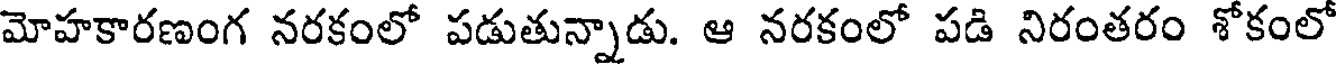
మోహకారణంగ నరకంలో పడుతున్నాడు. ఆ నరకంలో పడి నిరంతరం శోకంలో